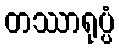
တဿာရုပ္ပံ